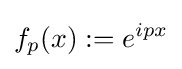
f_{p}(x):=e^{ipx}